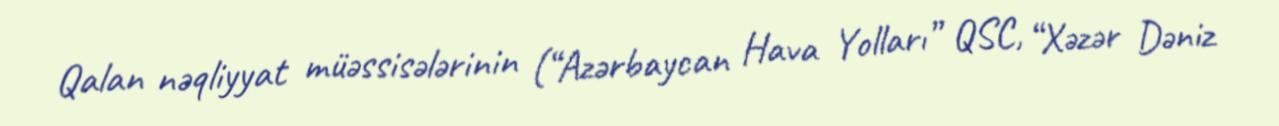
Qalan nəqliyyat müəssisələrinin (“Azərbaycan Hava Yolları” QSC, “Xəzər Dəniz